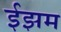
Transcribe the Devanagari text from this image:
ईझम